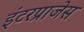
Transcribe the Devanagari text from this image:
इंटरप्राजेस